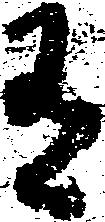
有